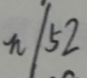
\pi / 5 2